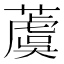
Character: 𦾚